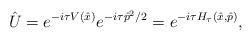
LaTeX: \begin{align*}\hat U=e^{-i\tau V(\hat x)}e^{-i\tau\hat p^2/2}= e^{-i\tau H_\tau(\hat x,\hat p)},\end{align*}